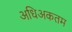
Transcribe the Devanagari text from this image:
अधिअकतम